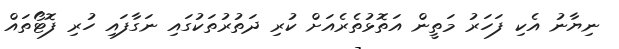
ނިޔާނު އެކި ފަހަރު މަތީން އަތޮޅުތެރެއަށް ކުރި ދަތުރުތަކުގައި ނަގާފައި ހުރި ފޮޓޯތައް